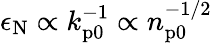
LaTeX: \epsilon_{\mathrm{N}}\propto k_{\mathrm{p0}}^{-1}\propto n_{\mathrm{p0}}^{-1/2}